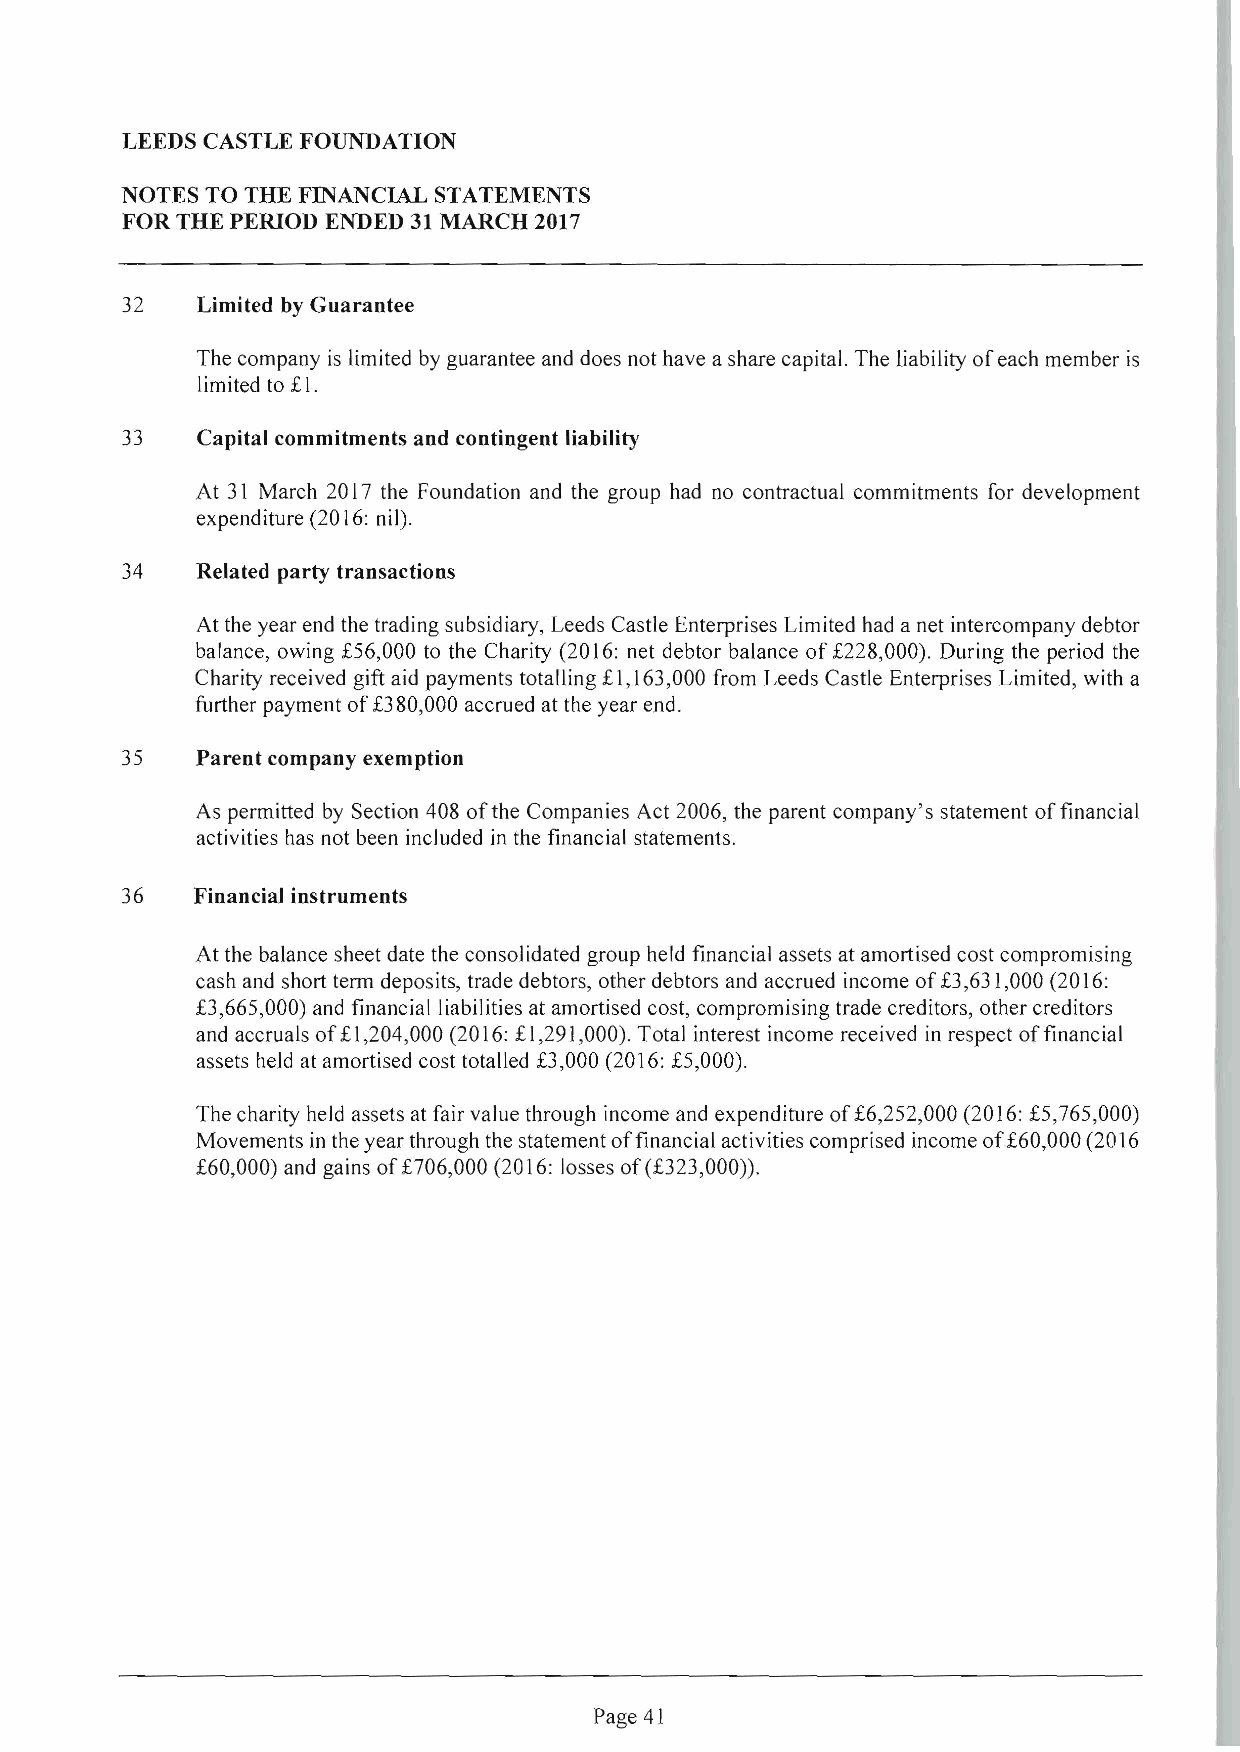
LEEDS CASTLE FOUNDATION
 NOTES TO THE FINANCIAL STATEMENTS
 FOR THE PERIOD ENDED 31 MARCH 2017
 32   Limited by Guarantee
 Thecompany is limited by guarantee anddoes not have asharecapital. The liability ofeach member is
 limited to £ I.
 33   Capital commitments and contingent liability
 At 31 March 2017 the Foundation and the group had no contractual commitments for development
 expenditure (2016: nil).
 34   ReJated party transactions
 At the year end the trading subsidiary, Leeds Castle Enterprises Limited had a net intercompany debtor
 balance, owing £56,000 to the Charity (2016: net debtor balance of£228,000). During the period the
 Charity received gift aid payments totalling £1,163,000 from Leeds Castle Enterprises Limited, with a
 further payment of £380,000 accrued at the year end.
 35   Parent company exemption
 As permitted by Section 408 of the Companies Act 2006, the parent company's statement of financial
 activities has not been included in the financial statements.
 36   FinanciaJ instruments
 Atthe balance sheetdate the consolidated group held financial assets at amortised costcompromising
 cash and short term deposits, trade debtors, other debtors and accrued income of £3,631,000 (2016:
 £3,6 65,000) and financial liabilities at amortised cost, compromising trade creditors, other creditors
 and accruals of£I,204,000 (2016:£I,291,000).Total interest income received in respect offinancial
 assets held at amortised cost totalled £3,000 (2016: £5,000).
 Thecharity held assetsat fairvalue through income and expenditure of£6,252,000 (2016:£5,765,000)
 Movements inthe year through the statementoffinancial activitiescomprised income of£60,000(2016
 £60,000) and gains of£706,000 (2016: losses of(£323,000)).
 Page 41